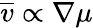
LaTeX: \overline{{v}}\propto\nabla\mu